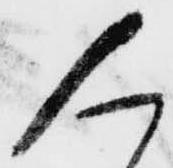
く